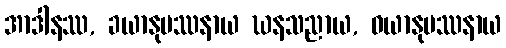
အာဒါနဿ, ခယာနုပဿနာယ ဃနသညာယ, ဝယာနုပဿနာယ